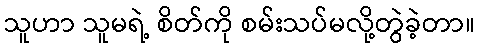
သူဟာ သူမရဲ့ စိတ်ကို စမ်းသပ်မလို့တွဲခဲ့တာ။